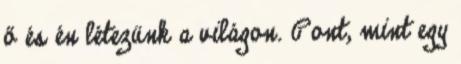
ő és én létezünk a világon. Pont, mint egy